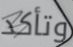
وتأكد